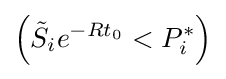
\left({\tilde {S}}_{i}e^{-Rt_{0}}<P_{i}^{*}\right)